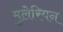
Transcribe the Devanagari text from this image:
मुलेरियन